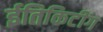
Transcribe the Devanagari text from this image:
ईतिकिटींग